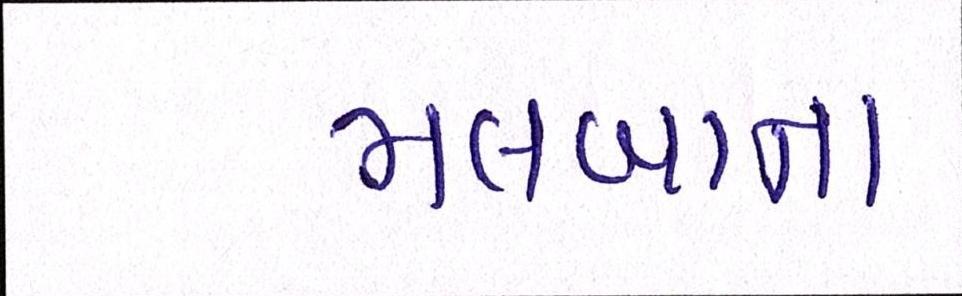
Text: મલબાના